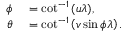
\begin{array} { r l } { \phi } & { { } = \cot ^ { - 1 } { \left( u \lambda \right) } , } \\ { \theta } & { { } = \cot ^ { - 1 } \left( v \sin { \phi } \lambda \right) . } \end{array}